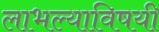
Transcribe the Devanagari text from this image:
लाभल्याविषयी